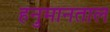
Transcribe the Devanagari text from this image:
हनुमानताल